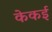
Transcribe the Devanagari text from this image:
केकई